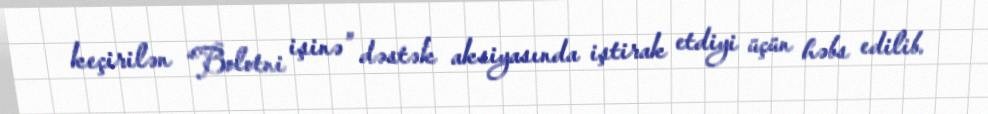
keçirilən “Bolotni işinə” dəstək aksiyasında iştirak etdiyi üçün həbs edilib.